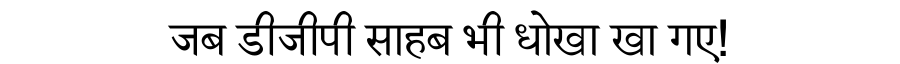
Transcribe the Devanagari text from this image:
जब डीजीपी साहब भी धोखा खा गए!